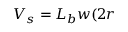
V _ { s } = L _ { b } w ( 2 r